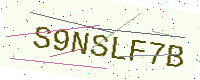
Text: S9NSLF7B